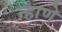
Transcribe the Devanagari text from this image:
न्हाणे